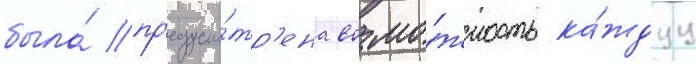
была́ пр'едусмо́тр'ена возмо́жность ка́ждуу